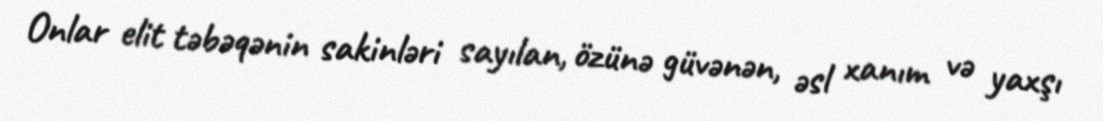
Onlar elit təbəqənin sakinləri sayılan, özünə güvənən, əsl xanım və yaxşı